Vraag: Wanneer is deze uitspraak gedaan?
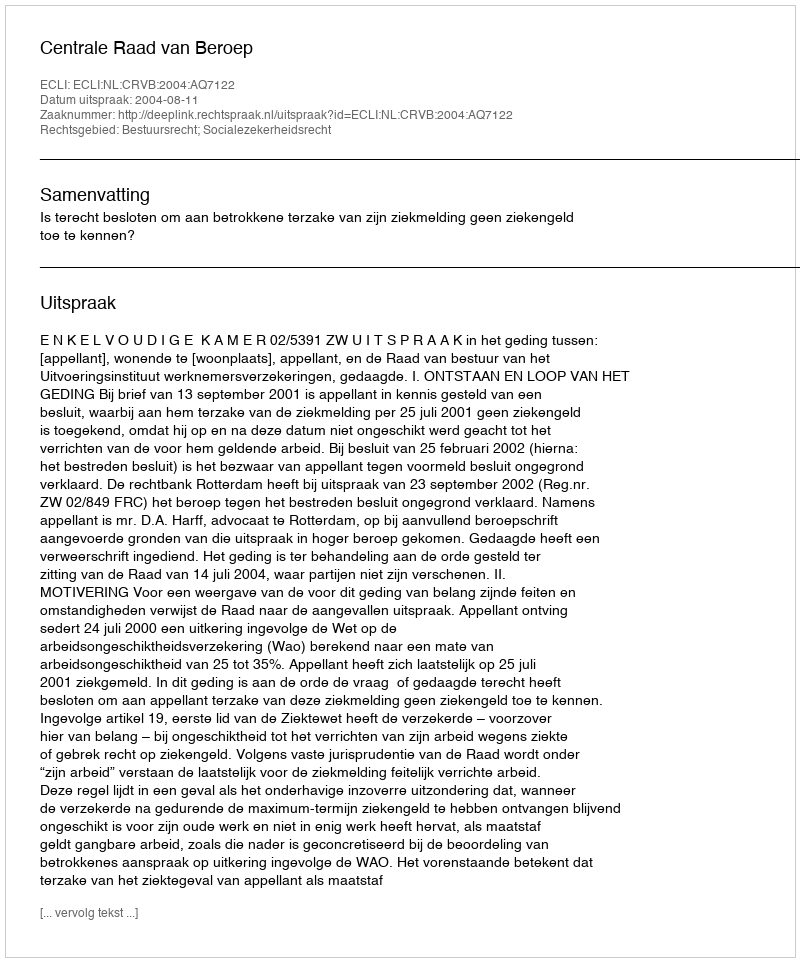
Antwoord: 2004-08-11